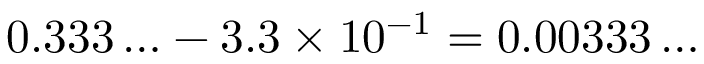
0 . 3 3 3 \ldots - 3 . 3 \times 1 0 ^ { - 1 } = 0 . 0 0 3 3 3 \ldots